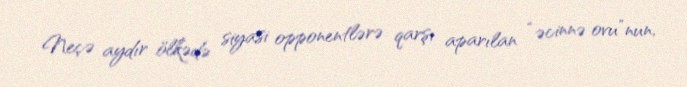
Neçə aydır ölkədə siyasi opponentlərə qarşı aparılan “əcinnə ovu”nun,